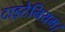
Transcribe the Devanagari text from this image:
टाइटेनियम।